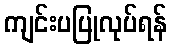
ကျင်းပပြုလုပ်ရန်